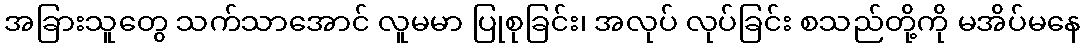
အခြားသူတွေ သက်သာအောင် လူမမာ ပြုစုခြင်း၊ အလုပ် လုပ်ခြင်း စသည်တို့ကို မအိပ်မနေ